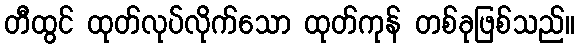
တီထွင် ထုတ်လုပ်လိုက်သော ထုတ်ကုန် တစ်ခုဖြစ်သည်။